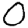
Digit: 0